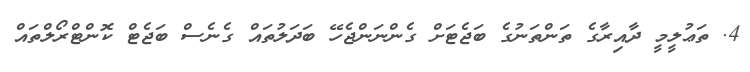
4. ތަޢުލީމީ ދާއިރާގެ ތަންތަނުގެ ބަޖެޓަށް ގެންނަންޖެހޭ ބަދަލުތައް ގެނެސް ބަޖެޓް ކޮންޓްރޯލްތައް